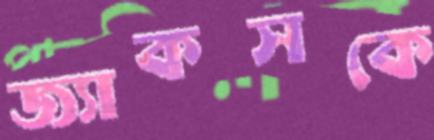
জ্যাকসকে